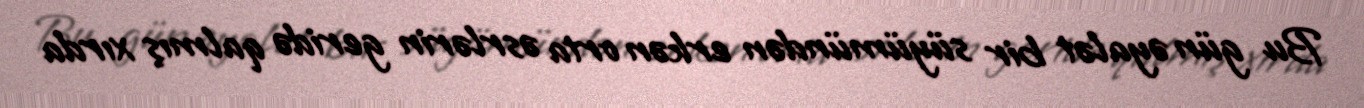
Bu gün əyalət bir süyümündən erkən orta əsrlərin geridə qalmış xırda